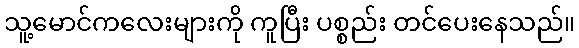
သူ့မောင်ကလေးများကို ကူပြီး ပစ္စည်း တင်ပေးနေသည်။